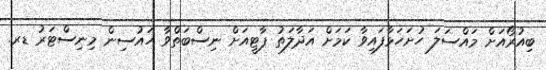
ބިއުރޯއަށް މައްސަލަ ހުށަހަޅާފައިވާ ކަމަށް އަދާލަތު ޕާޓީއަށް ނިސްބަތްވާ ހައުސިން މިނިސްޓަރު ޑރ.